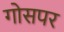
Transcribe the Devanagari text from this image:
गोसपर